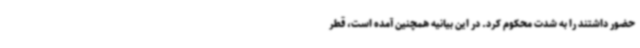
حضور داشتند را به شدت محکوم کرد. در این بیانیه همچنین آمده است، قطر